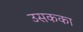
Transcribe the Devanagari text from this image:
उसकका